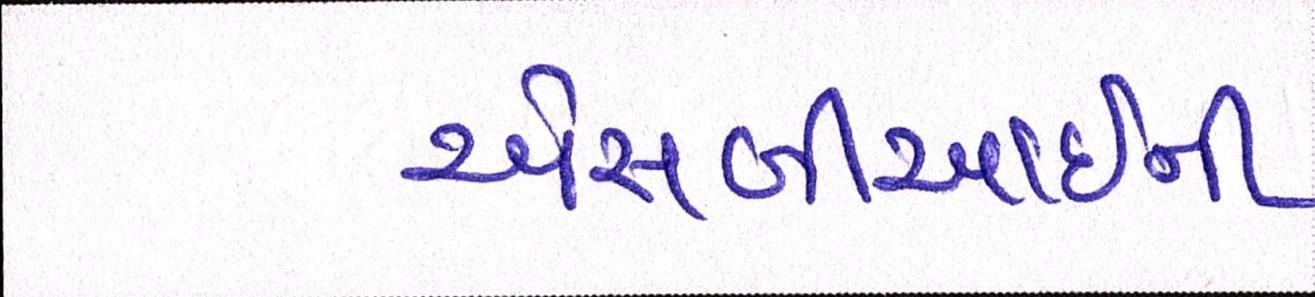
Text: એસબીઆઈની